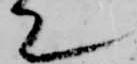
て